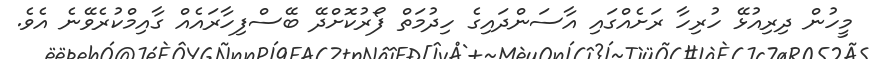
މީހުން ދިރިއުޅޭ ހުރިހާ ރަށެއްގައި އާސަންދައިގެ ހިދުމަތް ފޯރުކޮށްދޭ ބޭސްފިހާރައެއް ގާއިމްކުރެވޭނެ އެވެ.